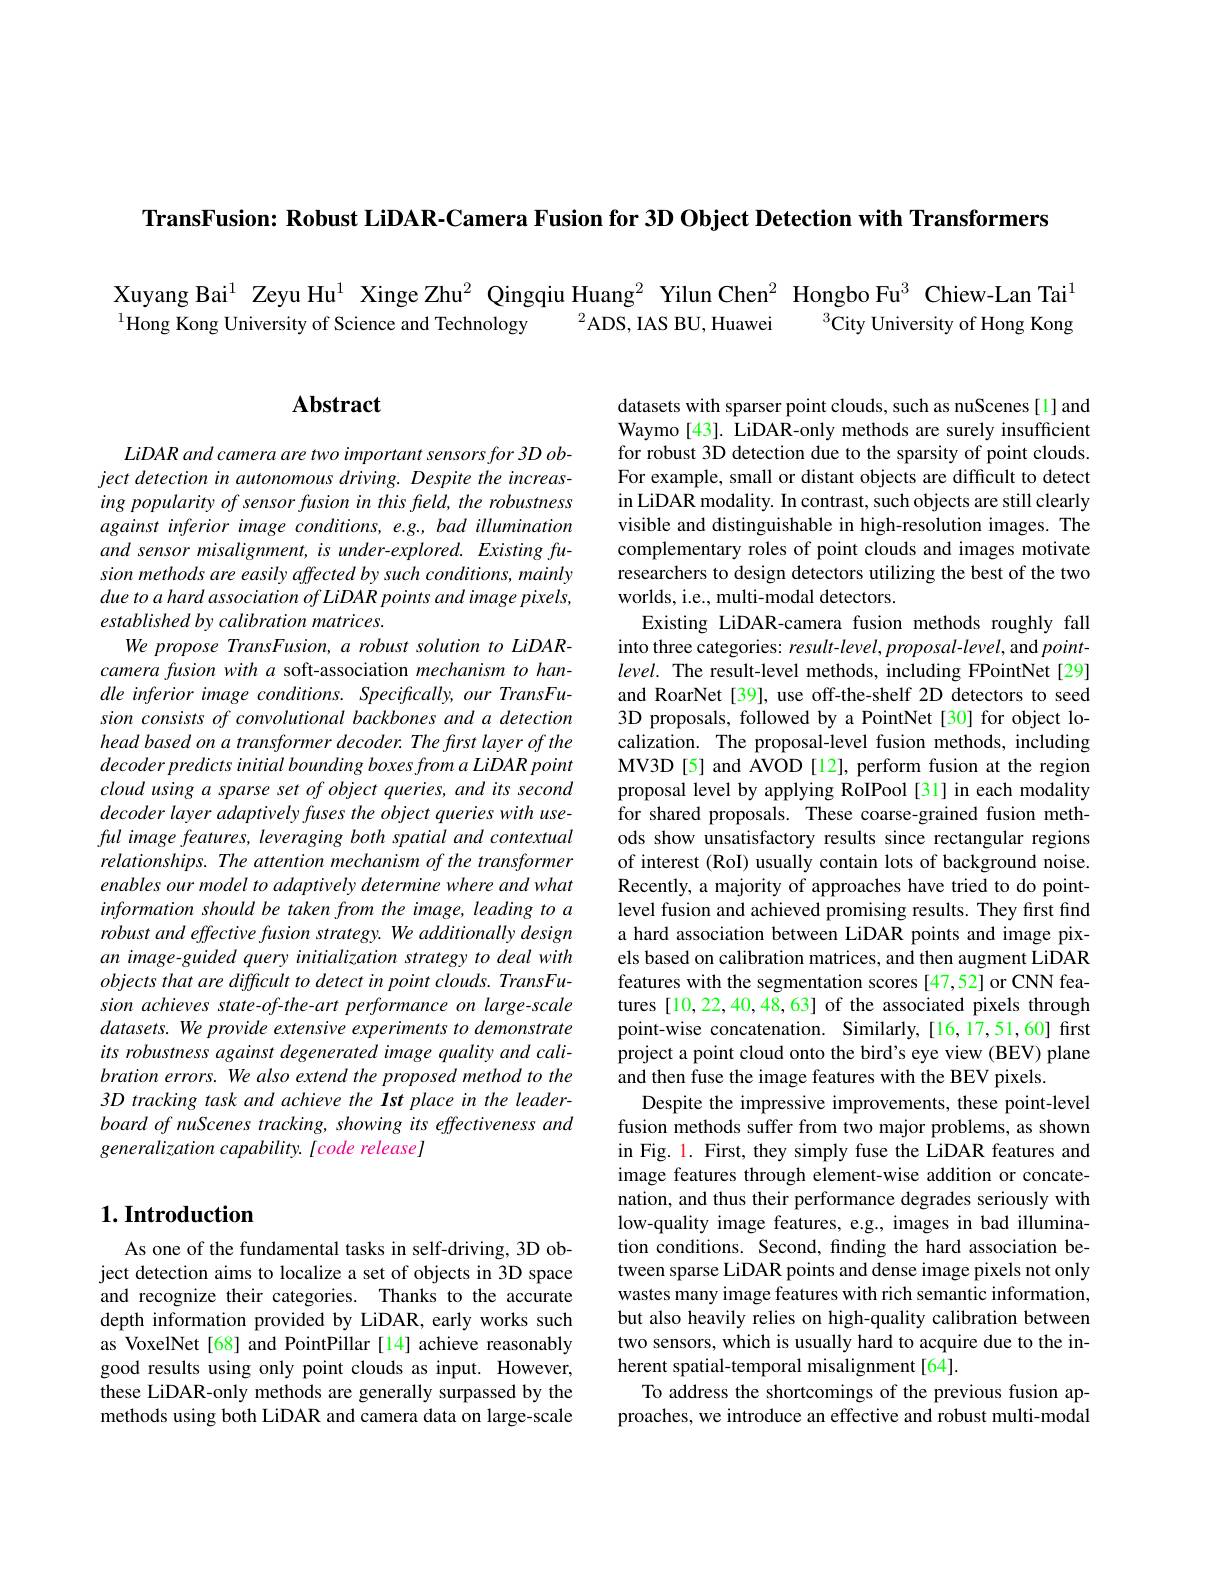
TransFusion: Robust LiDAR-Camera Fusion for 3D Object Detection with Transformers

Xuyang Bai$^{1}$ Zeyu Hu$^{1}$ Xinge Zhu$^{2}$ Qingqiu Huang$^{2}$ Yilun Chen$^{2}$ Hongbo Fu$^{3}$ Chiew-Lan Tai$^{1}$
${}^{2}$ADS, IAS BU, Huawei
$^3$City University of Hong Kong
$^{1}$Hong Kong University of Science and Technology

## $\mathbf{Abstract}$

LiDAR and camera are two important sensors for 3D object detection in autonomous driving. Despite the increasing popularity of sensor fusion in this freld, the robustness against inferior image conditions, e.g., bad illumination and sensor misalignment, is under-explored. Existing fusion methods are easily affected by such conditions, mainly due to a hard association of LiDAR points and image pixels, established by calibration matrices.
We propose TransFusion, a robust solution to LiDARcamera fusion with $a$ soft-association mechanism to handle inferior image conditions. Specifically, our TransFusion consists of convolutional backbones and a detection head based on a transformer decoder. The first layer of the decoderpredictsinitialboundingboxesfromaLiDARpoint cloud using a sparse set of object queries, and its second decoder layer adaptively fuses the object queries with useful image features, leveraging both spatial and contextual relationships. The attention mechanism of the transformer enables our model to adaptively determine where and what information should be taken from the image, leading to a robust and effective fusion strategy. We additionally design an image-guided query initialization strategy to deal with objects that are difficult to detect in point clouds. TransFusion achieves state-of-the-art performance on large-scale datasets. We provide extensive experiments to demonstrate its robustness against degenerated image quality and calibration errors. We also extend the proposed method to the 3D tracking task and achieve the Ist place in the leaderboard of nuScenes tracking, showing its effectiveness and generalization capability. [code release]

datasets with sparser point clouds, such as nuScenes[1] and Waymo[43]. LiDAR-only methods are surely insufficient for robust 3D detection due to the sparsity of point clouds. For example, small or distant objects are difficult to detect in LiDAR modality. In contrast, such objects are still clearly visible and distinguishable in high-resolution images. The complementary roles of point clouds and images motivate researchers to design detectors utilizing the best of the two worlds, i.e., multi-modal detectors.
Existing LiDAR-camera fusion methods roughly fall into three categories: result-level, proposal-level, and pointlevel. The result-level methods, including FPointNet[29] and RoarNet [39], use off-the-shelf 2D detectors to seed 3D proposals, followed by a PointNet [30] for object localization. The proposal-level fusion methods, including MV3D[5] and AVOD[12], perform fusion at the region proposal level by applying RoIPool [31] in each modality for shared proposals. These coarse-grained fusion methods show unsatisfactory results since rectangular regions of interest (RoI) usually contain lots of background noise. Recently, a majority of approaches have tried to do pointlevel fusion and achieved promising results. They first find a hard association between LiDAR points and image pixels based on calibration matrices, and then augment LiDAR features with the segmentation scores [47,52] or CNN features [10,22,40,48,63] of the associated pixels through point-wise concatenation. Similarly,[16,17,51,60] first project a point cloud onto the bird's eye view (BEV) plane and then fuse the image features with the BEV pixels
Despite the impressive improvements, these point-level fusion methods suffer from two major problems, as shown in Fig. 1. First, they simply fuse the LiDAR features and image features through element-wise addition or concatenation, and thus their performance degrades seriously with low-quality image features, e.g., images in bad illumination conditions. Second, finding the hard association between sparse LiDAR points and dense image pixels not only wastes many image features with rich semantic information, but also heavily relies on high-quality calibration between two sensors, which is usually hard to acquire due to the inherent spatial-temporal misalignment[64].
To address the shortcomings of the previous fusion approaches, we introduce an effective and robust multi-modal

## $1. \textbf{Introduction}$

As one of the fundamental tasks in self-driving, 3D object detection aims to localize a set of objects in 3D space and recognize their categories. Thanks to the accurate depth information provided by LiDAR, early works such as VoxelNet [68] and PointPillar[14] achieve reasonably good results using only point clouds as input. However, these LiDAR-only methods are generally surpassed by the methods using both LiDAR and camera data on large-scale